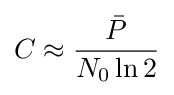
C\approx {\frac {\bar {P}}{N_{0}\ln 2}}